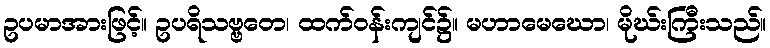
ဥပမာအားဖြင့်။ ဥပရိသဗ္ဗတေ၊ ထက်ဝန်းကျင်၌။ မဟာမေဃော၊ မိုဃ်းကြီးသည်။